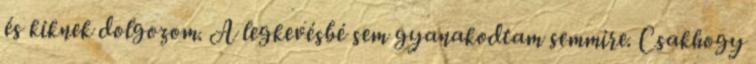
és kiknek dolgozom. A legkevésbé sem gyanakodtam semmire. Csakhogy